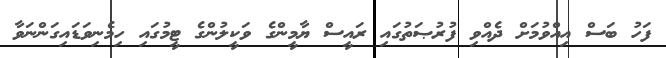
ފަހު ބަސް އިއްވުމަށް ދެއްވި ފުރުޞަތުގައި ރައީސް ޔާމީންގެ ވަކީލުންގެ ޓީމުގައި ހިމެނިވަޑައިގަންނަވާ